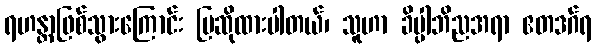
ရဟန္တာဖြစ်သွားကြောင်း ပြဆိုထားပါတယ်၊ သူဟာ ခိပ္ပါဘိညအရာ ဧတဒဂ်ရ